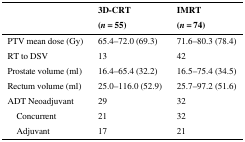
|  | 3D-CRT | IMRT |
 |  | (n = 55) | (n = 74) |
 | --- | --- | --- |
 | PTV mean dose (Gy) | 65.4–72.0 (69.3) | 71.6–80.3 (78.4) |
 | RT to DSV | 13 | 42 |
 | Prostate volume (ml) | 16.4–65.4 (32.2) | 16.5–75.4 (34.5) |
 | Rectum volume (ml) | 25.0–116.0 (52.9) | 25.7–97.2 (51.6) |
 | ADT Neoadjuvant | 29 | 32 |
 | Concurrent | 21 | 32 |
 | Adjuvant | 17 | 21 |